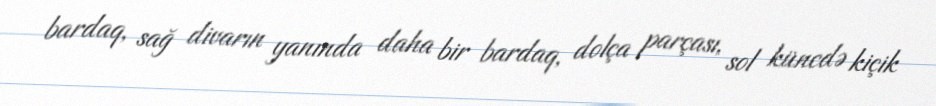
bardaq, sağ divarın yanında daha bir bardaq, dolça parçası, sol küncdə kiçik